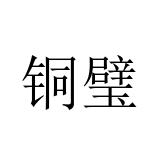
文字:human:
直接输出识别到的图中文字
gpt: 铜璧